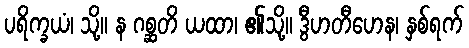
ပရိက္ခယံ၊ သို့။ န ဂစ္ဆတိ ယထာ၊ ၏သို့။ ဒွီဟတီဟေန၊ နှစ်ရက်